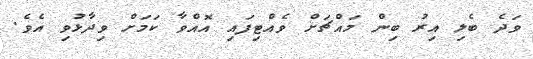
ވަދެ ބެލި އިރު ބިން މައްޗަށް ވެއްޓިފައި އޮއްވާ ކަމަށް ވިދާޅުވި އެވެ.